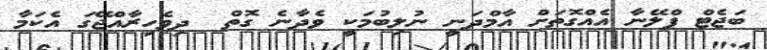
ބަޖެޓް ޕްލޭނާ އެއްގޮތަށް އާމްދަނީ ނުލިބުމަކީ ވެދާނެ ގޮތް  ދިވެހިރާއްޖޭގަ އެކަމާ